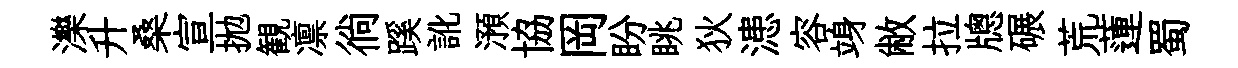
濼升桑宣拋観凛徜蹊訛澦協岡盼眺狄漶容竧敝拉牕碾荒蓮蜀